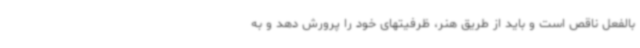
بالفعل ناقص است و باید از طریق هنر، ظرفیتهای خود را پرورش دهد و به